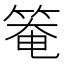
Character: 𥯃